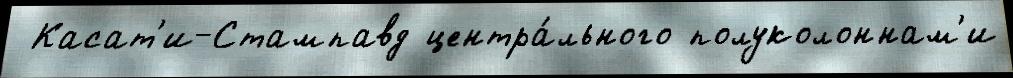
 Касат'и-Стампавд центра́льного полуколоннам'и